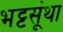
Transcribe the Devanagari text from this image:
भट्टसूंथा